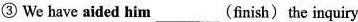
③ We have aided him(finish) the inquiry ______________